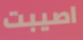
اصيبت